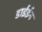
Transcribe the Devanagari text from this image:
डाईईन